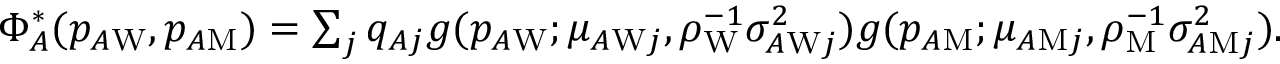
\begin{array} { r } { \Phi _ { A } ^ { * } ( p _ { A \mathrm { W } } , p _ { A \mathrm { M } } ) = \sum _ { j } q _ { A j } g ( p _ { A \mathrm { W } } ; \mu _ { A \mathrm { W } j } , \rho _ { \mathrm { W } } ^ { - 1 } \sigma _ { A \mathrm { W } j } ^ { 2 } ) g ( p _ { A \mathrm { M } } ; \mu _ { A \mathrm { M } j } , \rho _ { \mathrm { M } } ^ { - 1 } \sigma _ { A \mathrm { M } j } ^ { 2 } ) . } \end{array}